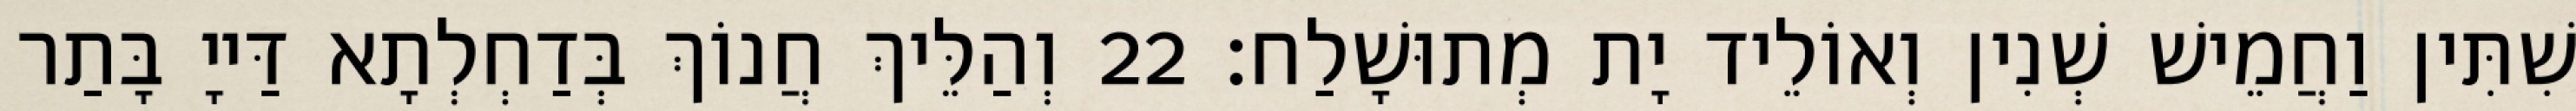
שִׁתִּין וַחֲמֵישׁ שְׁנִין וְאוֹלֵיד יָת מְתוּשָׁלַח׃ 22 וְהַלֵּיךְ חֲנוֹךְ בְּדַחְלְתָא דַּייָ בָּתַר